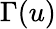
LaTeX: \Gamma(u)